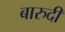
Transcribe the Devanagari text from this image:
बारुदी